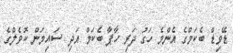
ޑޭވިޑް ބެކަމްގެ އެންމެ ހަގު ދަރި ހާޕާ ބެކަމް އަދި ސައިމަން ކޮވެލްގެ